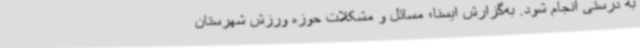
به درستی انجام شود. به‌گزارش ایسنا؛ مسائل و مشکلات حوزه ورزش شهرستان